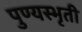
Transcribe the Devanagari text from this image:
पुण्यस्भृती